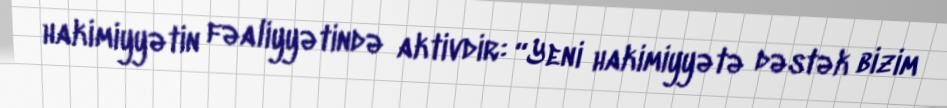
hakimiyyətin fəaliyyətində aktivdir: “Yeni hakimiyyətə dəstək bizim